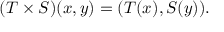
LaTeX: ( T \times S ) ( x , y ) = ( T ( x ) , S ( y ) ) .